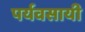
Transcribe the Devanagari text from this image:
पर्यवसायी